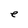
Character: e